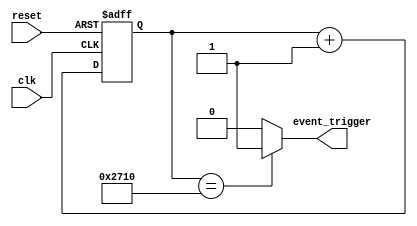
module EventTimer (
    input wire clk,
    input wire reset,
    output reg event_trigger
);

parameter COUNT_VALUE = 10000;
reg [15:0] counter;

always @(posedge clk or posedge reset) begin
    if (reset)
        counter <= 0;
    else
        counter <= counter + 1;
end

always @(*) begin
    if (counter == COUNT_VALUE)
        event_trigger <= 1;
    else
        event_trigger <= 0;
end

endmodule